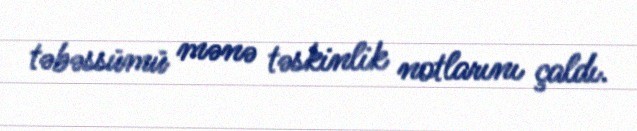
təbəssümü mənə təskinlik notlarını çaldı.